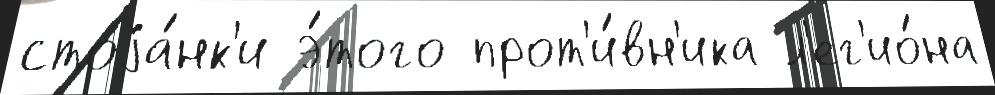
стоjа́нк'и э́того прот'и́вн'ика л'ег'ио́на